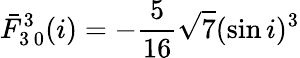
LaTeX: \bar{F}_{3\, 0}^{3}(i)=-\frac{5}{16}\sqrt{7}(\sin i)^{3}